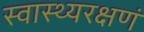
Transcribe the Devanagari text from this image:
स्वास्थ्यरक्षणं